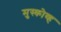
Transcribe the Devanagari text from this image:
मुस्कोव्ह